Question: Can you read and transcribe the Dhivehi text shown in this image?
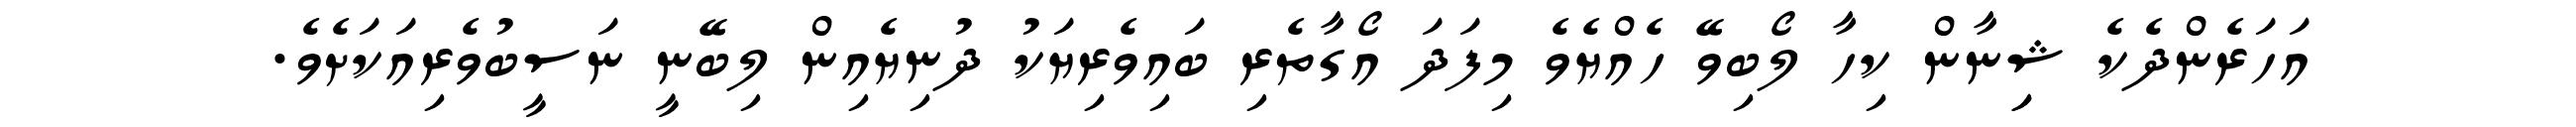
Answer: އަހަރެންދެކެ ޝިިނާން ކިހާ ލޯބިވޭ ހެއްޔެވެ މިފަދަ އޯގާތެރި ބައިވެރިޔަކު ދުނިޔެއިން ލިބޭނީ ނަސީބުވެރިއަކަށެވެ.